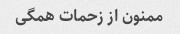
ممنون از زحمات همگی